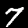
Digit: 7